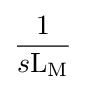
{\frac {1}{s\mathrm {L} _{\mathrm {M} }}}